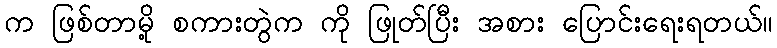
က ဖြစ်တာမို့ စကားတွဲက ကို ဖြုတ်ပြီး အစား ပြောင်းရေးရတယ်။